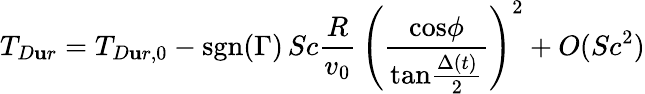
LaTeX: T_{D\mathbf{u}r}=T_{D\mathbf{u}r,0}-\mathrm{{sgn}}(\Gamma)\, Sc{\frac{{R}}{{v_{0}}}}\, \Bigg({\frac{{\mathrm{{cos}}\phi}}{{\mathrm{{tan}}{\frac{{\Delta(t)}}{{2}}}}}}\Bigg)^{2}+O(Sc^{2})